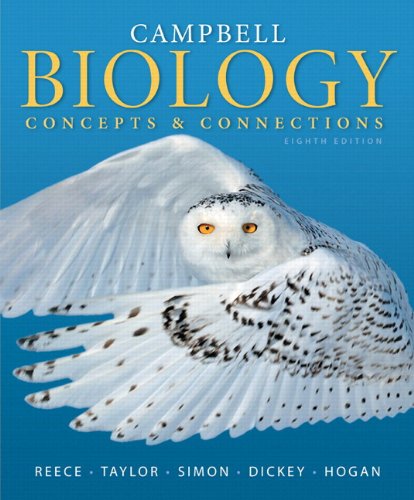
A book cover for Campbell Biology: Concepts & Connections (8th Edition); Jane B. Reece; Science & Math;